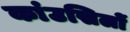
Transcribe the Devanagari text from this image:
कांउसिलों